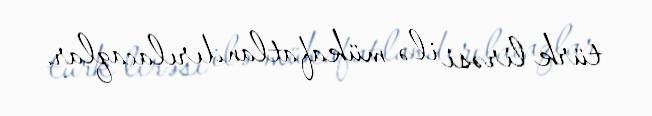
türk lirəsi ilə mükafatlandırılacaqlar.